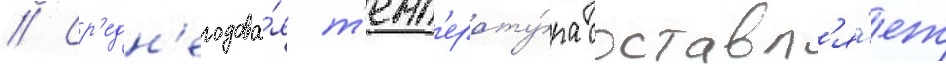
// Ср'едн'егодова́я т'емп'ерату́ра составл'я́ет